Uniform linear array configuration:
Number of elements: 64
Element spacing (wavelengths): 0.75
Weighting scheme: exponential
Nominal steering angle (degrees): -30
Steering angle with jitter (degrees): -30.59
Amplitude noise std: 0.05
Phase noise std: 0.05

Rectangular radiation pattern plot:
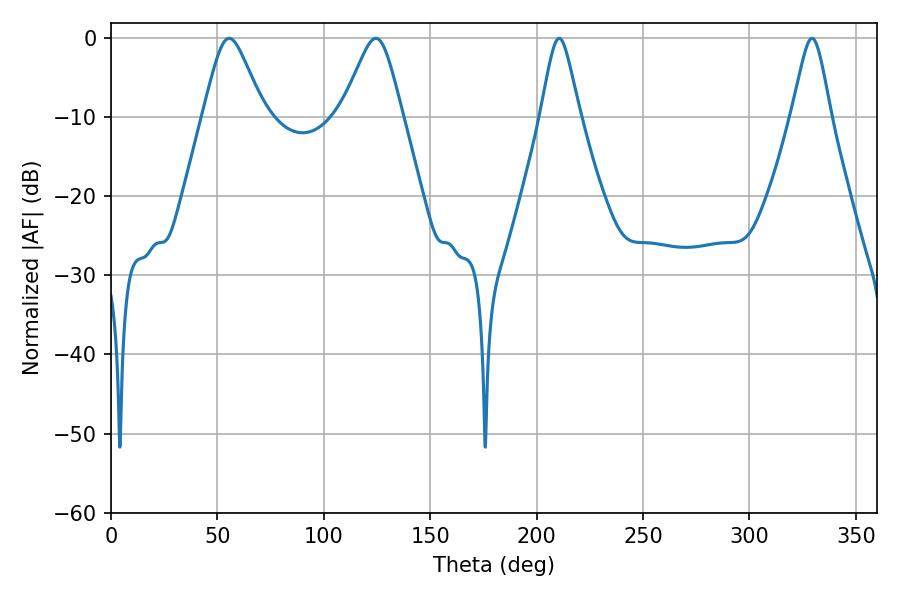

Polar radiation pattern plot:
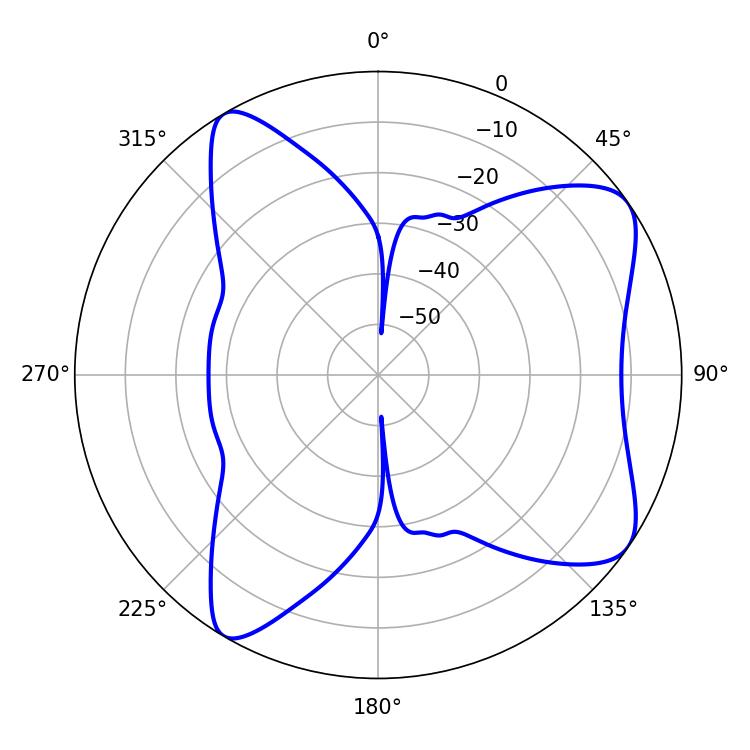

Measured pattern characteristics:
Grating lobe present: TRUE
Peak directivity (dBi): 8.023
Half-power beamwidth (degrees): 8.82
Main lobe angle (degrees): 210.6